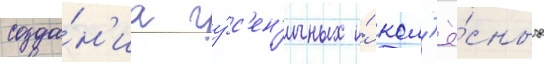
созда́н'иа гу́с'ен'ичных и́ кол'ё́сных